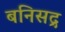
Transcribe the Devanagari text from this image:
बनिसद्र